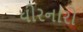
ધીરનારો